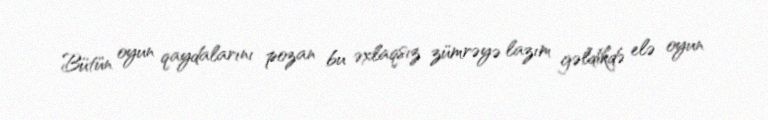
Bütün oyun qaydalarını pozan bu əxlaqsız zümrəyə lazım gəldikdə elə oyun